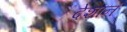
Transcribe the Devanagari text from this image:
देशानं